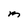
Character: M